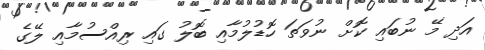
އަދި މޭ ނުބައި ކޮށް ނުވަތަ ހޮޑުލުމާއި ބޮލު ގައި ރިއްސުމާއި ލޭގެ